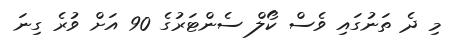
މި ދެ ތަނުގައި ވެސް ކޯލް ސެންޓަރުގެ 90 އަށް ވުރެ ގިނަ